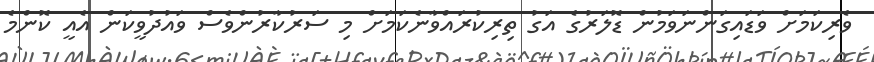
ވެރިކަމަށް ވަޑައިގަންނަވަމުން ޑޮލަރުގެ އަގު ތިރިކުރައްވާނެކަމަށް މި ސަރުކާރުންވެސް ވައުދުވީކަން އެއީ ކޮންމެ